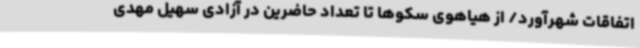
اتفاقات شهرآورد/ از هیاهوی سکوها تا تعداد حاضرین در آزادی سهیل مهدی